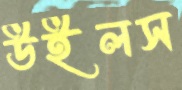
উইলস